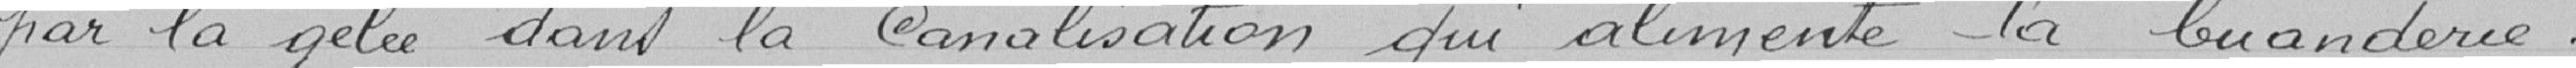
par la gelée dans la canalisation qui alimente la buanderie.